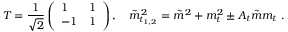
T = \frac { 1 } { \sqrt { 2 } } \left( \begin{array} { l l } { { 1 } } & { { 1 } } \\ { { - 1 } } & { { 1 } } \end{array} \right) , ~ ~ ~ \tilde { m } _ { t _ { 1 , 2 } } ^ { 2 } = \tilde { m } ^ { 2 } + m _ { t } ^ { 2 } \pm A _ { t } \tilde { m } m _ { t } \ .